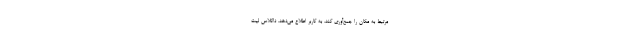
مرتبط به مکان را جمع‌آوری کند، به کاربر اطلاع می‌دهد. داگلاس لیت